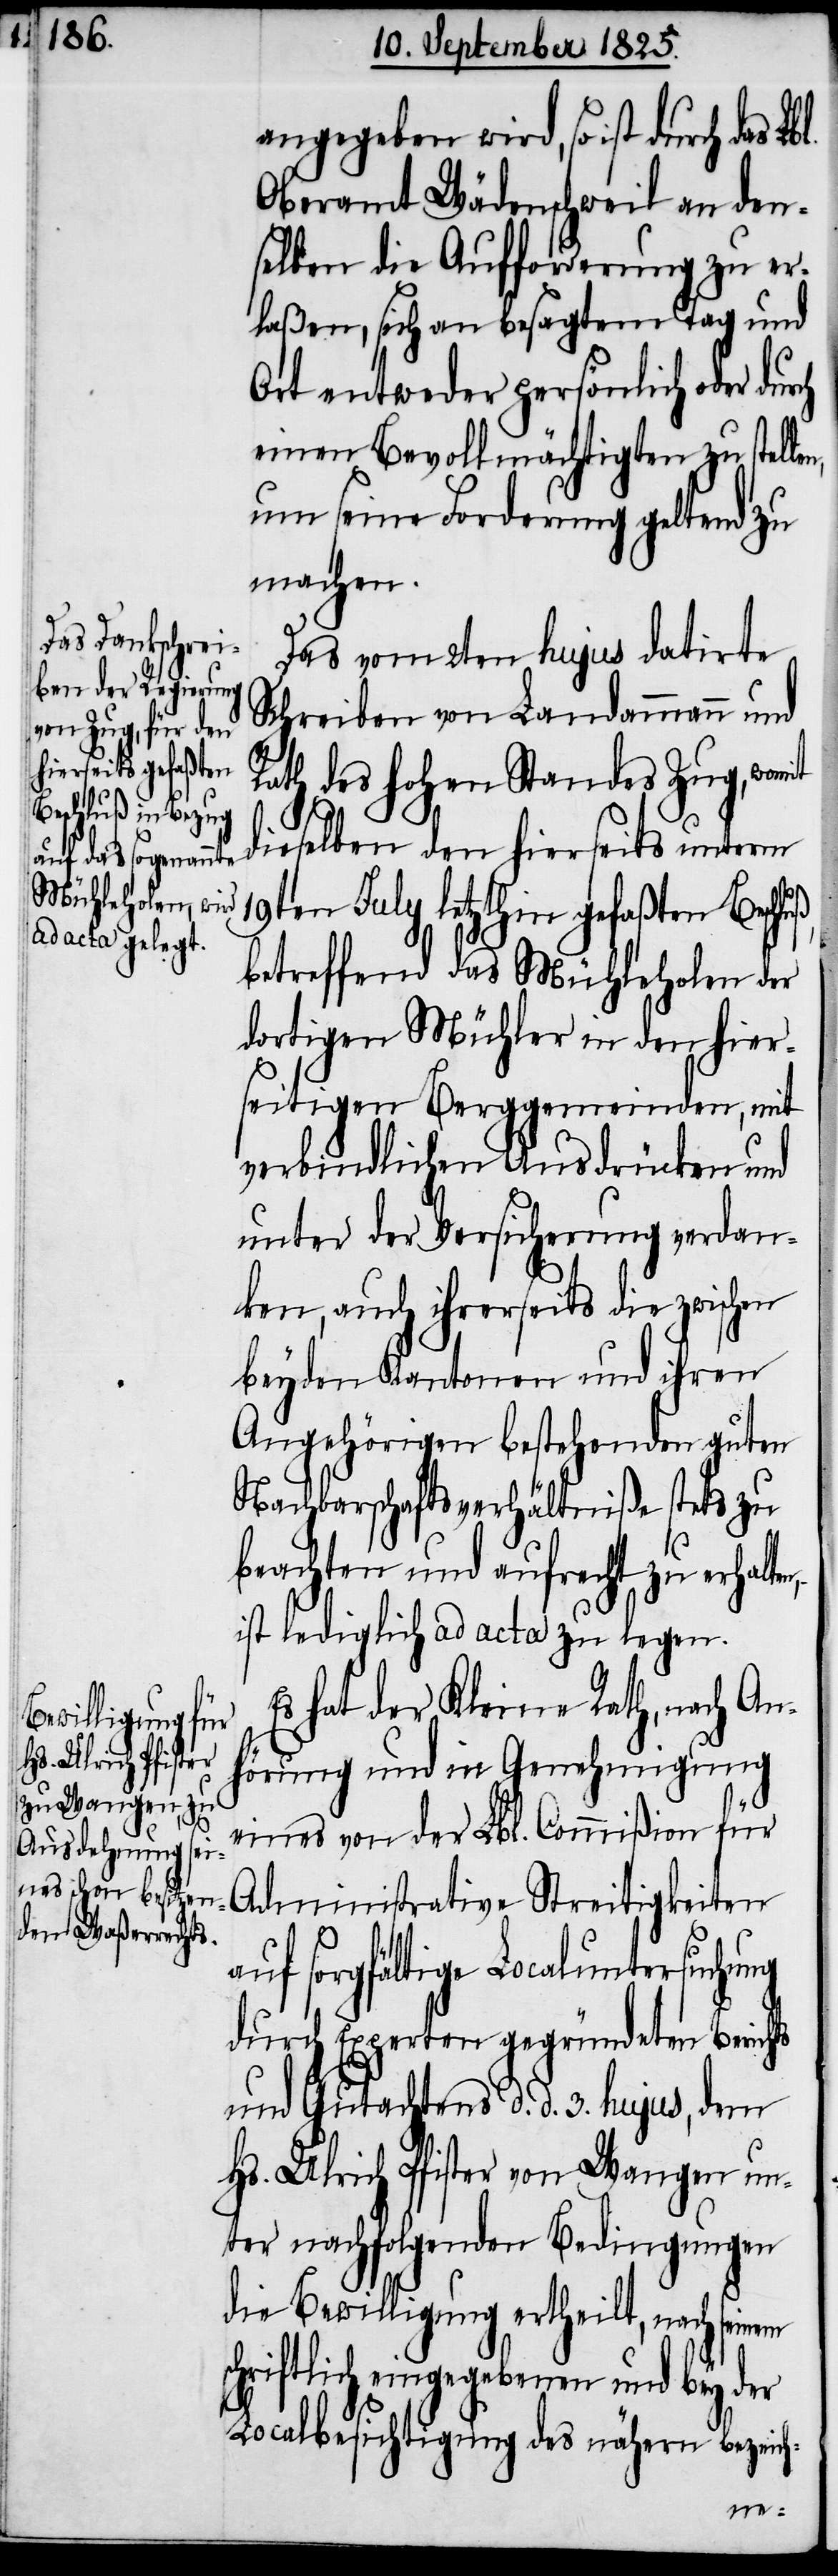
angegeben wird, so ist durch das
Oberamt Wädenschweil an den¬
selben die Aufforderung zu er¬
laßen, sich von besagtem Tag und
Ort entweder persönlich oder
einen Bevollmächtigten zu stelle¬
um seine Forderung geltend zu
machen.
Das vom 2ten hujus datirte
Schreiben von Landammann und
Rath des hohen Standes Zug, womit
dieselben den hierseits unterm
19ten July letzthin gefaßten
betreffend das Mühleholen der
dortigen Mühler in den hiers¬
eitigen Berggemeinden, mit
verbindlichen Ausdrücken und
unter der Versicherung verdan¬
ken, auch ihrerseits die zwischen
beyden Kantonen und ihren
Angehörigen bestehenden guten
Nachbarschaftsverhältniße stets zu
beachten und aufrecht zu erhalten,
ist lediglich ad acta zu legen.
Es hat der Kleine Rath, nach An¬
hörung und in Genehmigung
eines von der Lbl. Commißion für
Administrative Streitigkeiten
auf sorgfältige Localuntersuchung
durch Experten gegründeten Bericht
Gutachtens d. d. 3. hujus, dem
Hs. Ulrich Pfister von Wangen un¬
ter nachfolgenden Bedingungen
die Bewilligung ertheilt, nach seinem
chriftlich eingegebenen und bey der
Localbesichtigung des nähern bezeich-
s¬